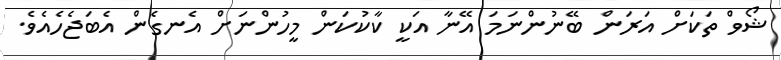
ޝޯވް ތަކަށް އަރަން ބޭނުންނަމަ އޭނާ އަކީ ކާކުކަން މީހުންނަށް އެނގެން އެބަޖެހެއެވެ.